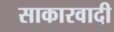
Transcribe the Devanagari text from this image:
साकारवादी